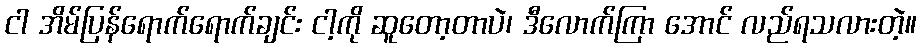
ငါ အိမ်ပြန်ရောက်ရောက်ချင်း ငါ့ကို ဆူတော့တာပဲ၊ ဒီလောက်ကြာ အောင် လည်ရသလားတဲ့။